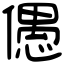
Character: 𠏋